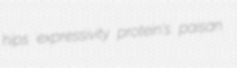
hips expressivity protein's paisan